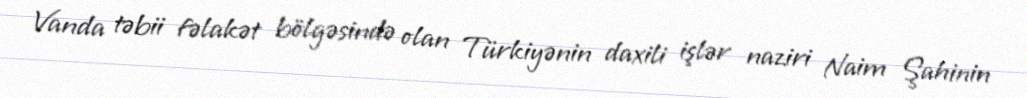
Vanda təbii fəlakət bölgəsində olan Türkiyənin daxili işlər naziri Naim Şahinin